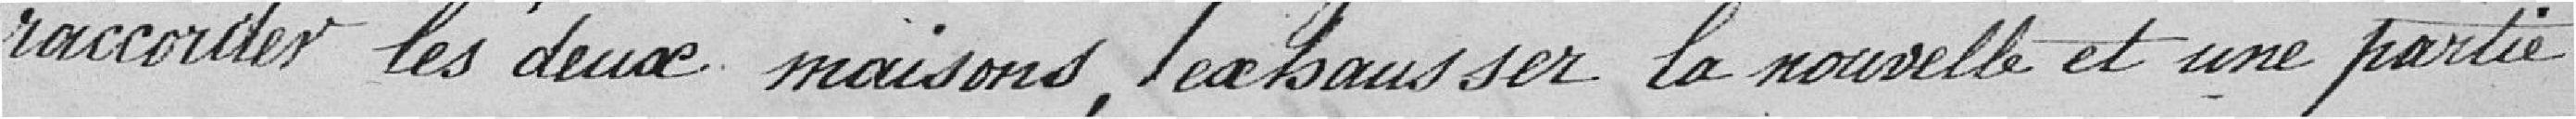
raccorder les deux maisons, exhausser la nouvelle et une partie